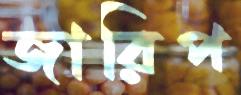
জারিপ